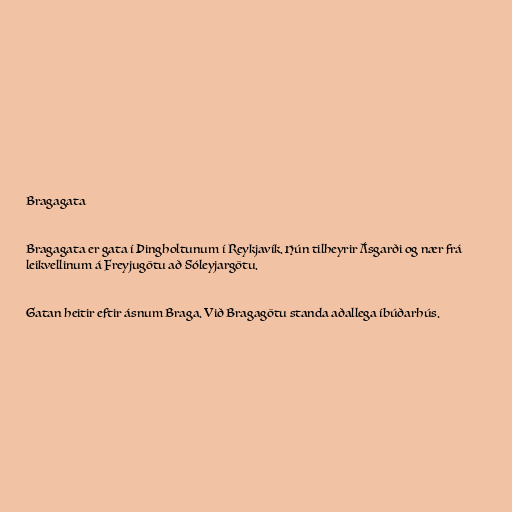
Bragagata

Bragagata er gata í Þingholtunum í Reykjavík. Hún tilheyrir Ásgarði og nær frá
leikvellinum á Freyjugötu að Sóleyjargötu.

Gatan heitir eftir ásnum Braga. Við Bragagötu standa aðallega íb­úðarhús.